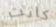
كانت